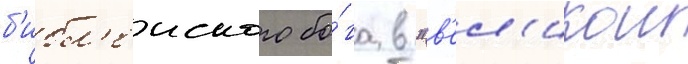
б'ибл'еиского бо́га в "в'ел'икои